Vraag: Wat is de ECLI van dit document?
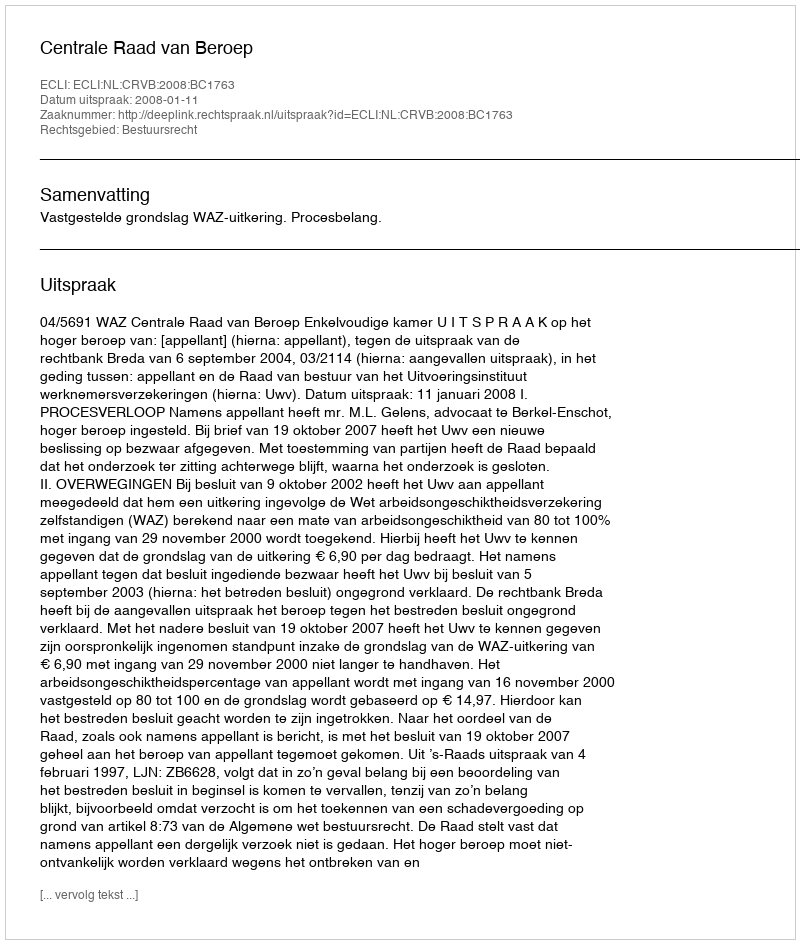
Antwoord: ECLI:NL:CRVB:2008:BC1763